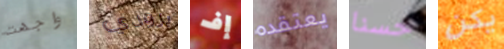
واجهت برودي إف يعتقده حسنا يكن